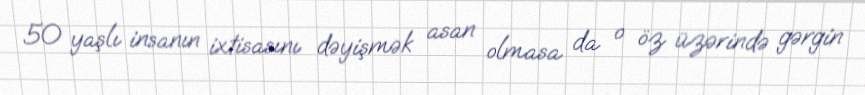
50 yaşlı insanın ixtisasını dəyişmək asan olmasa da o öz üzərində gərgin